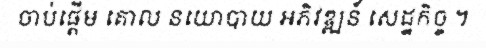
ចាប់ផ្តើម គោល នយោបាយ អភិវឌ្ឍន៍ សេដ្ឋកិច្ច ។